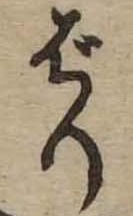
ばり